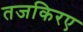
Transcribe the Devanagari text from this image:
तजकिरए